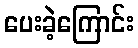
ပေးခဲ့ကြောင်း